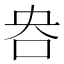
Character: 𫩣